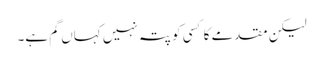
لیکن مقدمے کا کسی کو پتہ نہیں کہاں گم ہے۔